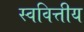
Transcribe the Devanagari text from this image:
स्ववित्तीय